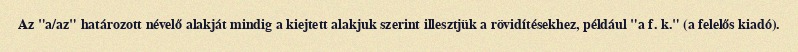
Az "a/az" határozott névelő alakját mindig a kiejtett alakjuk szerint illesztjük a rövidítésekhez, például "a f. k." (a felelős kiadó).